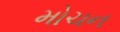
મોચન